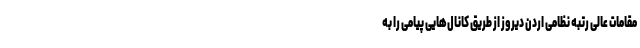
مقامات عالی رتبه نظامی اردن دیروز از طریق کانال‌هایی پیامی را به